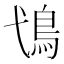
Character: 𩾢